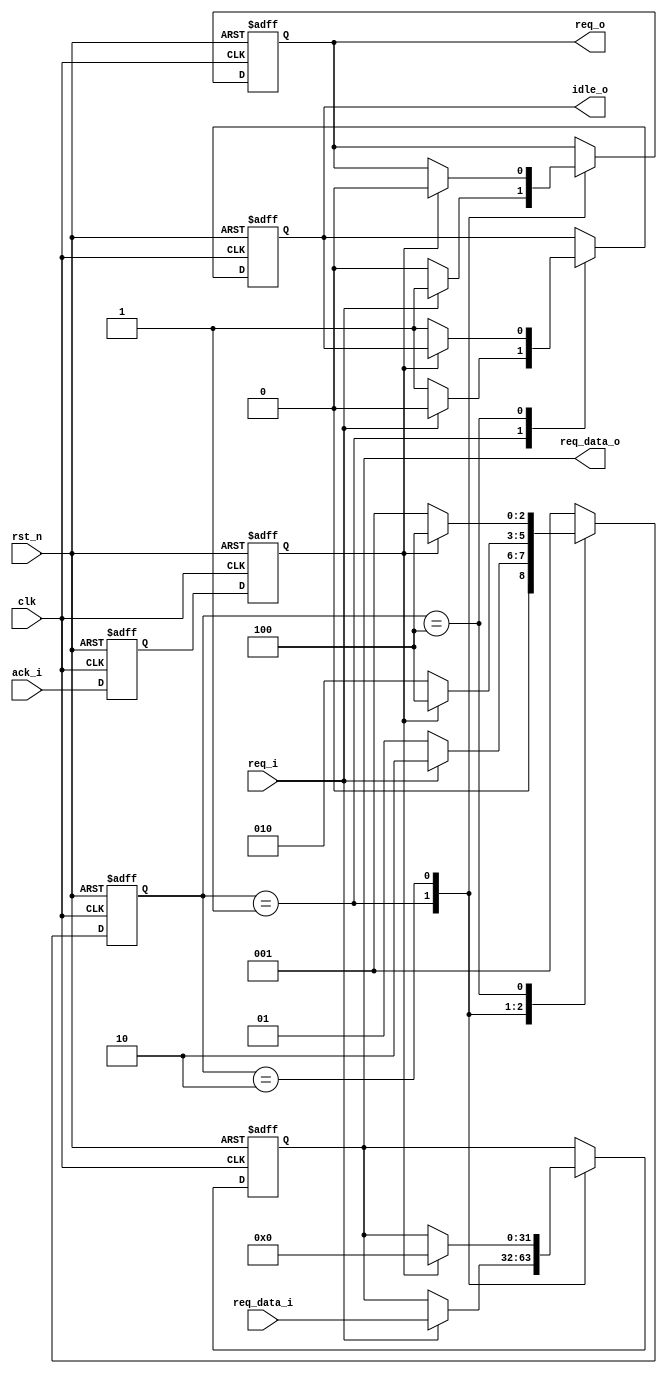
module full_handshake_tx #(
    parameter DW = 32)(             // TX

    input wire clk,                 // TX
    input wire rst_n,               // TX

    // from rx
    input wire ack_i,               // RX

    // from tx
    input wire req_i,               // TX
    input wire[DW-1:0] req_data_i,  // TX

    // to tx
    output wire idle_o,             // TX

    // to rx
    output wire req_o,              // TX
    output wire[DW-1:0] req_data_o  // TX

    );

    localparam STATE_IDLE     = 3'b001;
    localparam STATE_ASSERT   = 3'b010;
    localparam STATE_DEASSERT = 3'b100;

    reg[2:0] state;
    reg[2:0] state_next;

    always @ (posedge clk or negedge rst_n) begin
        if (!rst_n) begin
            state <= STATE_IDLE;
        end else begin
            state <= state_next;
        end
    end

    always @ (*) begin
        case (state)
            STATE_IDLE: begin
                if (req_i == 1'b1) begin
                    state_next = STATE_ASSERT;
                end else begin
                    state_next = STATE_IDLE;
                end
            end
            // ack=1
            STATE_ASSERT: begin
                if (!ack) begin
                    state_next = STATE_ASSERT;
                end else begin
                    state_next = STATE_DEASSERT;
                end
            end
            // ack=0
            STATE_DEASSERT: begin
                if (!ack) begin
                    state_next = STATE_IDLE;
                end else begin
                    state_next = STATE_DEASSERT;
                end
            end
            default: begin
                state_next = STATE_IDLE;
            end
        endcase
    end

    reg ack_d;
    reg ack;

    // 
    always @ (posedge clk or negedge rst_n) begin
        if (!rst_n) begin
            ack_d <= 1'b0;
            ack <= 1'b0;
        end else begin
            ack_d <= ack_i;
            ack <= ack_d;
        end
    end

    reg req;
    reg[DW-1:0] req_data;
    reg idle;

    always @ (posedge clk or negedge rst_n) begin
        if (!rst_n) begin
            idle <= 1'b1;
            req <= 1'b0;
            req_data <= {(DW){1'b0}};
        end else begin
            case (state)
                // TXack
                STATE_IDLE: begin
                    if (req_i == 1'b1) begin
                        idle <= 1'b0;
                        req <= req_i;
                        req_data <= req_data_i;
                    end else begin
                        idle <= 1'b1;
                        req <= 1'b0;
                    end
                end
                // RXackTX
                STATE_ASSERT: begin
                    if (ack == 1'b1) begin
                        req <= 1'b0;
                        req_data <= {(DW){1'b0}};
                    end
                end
                STATE_DEASSERT: begin
                    if (!ack) begin
                        idle <= 1'b1;
                    end
                end
            endcase
        end
    end

    assign idle_o = idle;
    assign req_o = req;
    assign req_data_o = req_data;

endmodule